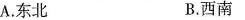
A.东北 B.西南